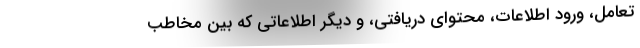
تعامل، ورود اطلاعات، محتوای دریافتی، و دیگر اطلاعاتی که بین مخاطب